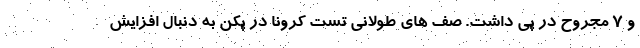
و ۷ مجروح در پی داشت. صف های طولانی تست کرونا در پکن به دنبال افزایش